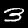
Label: 3